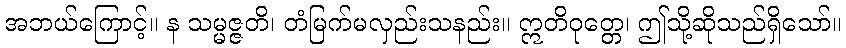
အဘယ်ကြောင့်။ န သမ္မဇ္ဇတိ၊ တံမြက်မလှည်းသနည်း။ ဣတိဝုတ္တေ၊ ဤသို့ဆိုသည်ရှိသော်။